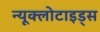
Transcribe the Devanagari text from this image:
न्यूक्लोटाइड्स